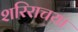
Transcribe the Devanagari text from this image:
शरिराचया